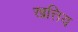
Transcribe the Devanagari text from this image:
खत्तिय